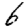
Digit: 6